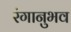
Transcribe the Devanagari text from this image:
रंगानुभव